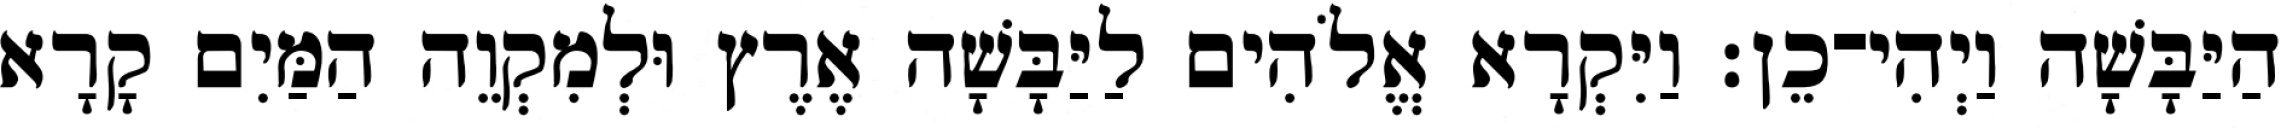
הַיַּבָּשָׁה וַיְהִי־כֵן׃ וַיִּקְרָא אֱלֹהִים לַיַּבָּשָׁה אֶרֶץ וּלְמִקְוֵה הַמַּיִם קָרָא